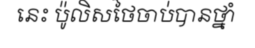
នេះ ប៉ូលិសថៃចាប់បានថ្នាំ